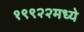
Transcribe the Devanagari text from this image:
१९९२२मध्ये